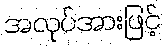
အလုပ်အားဖြင့်